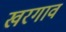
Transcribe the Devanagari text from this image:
खरगाव